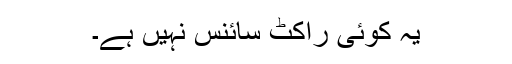
یہ کوئی راکٹ سائنس نہیں ہے۔